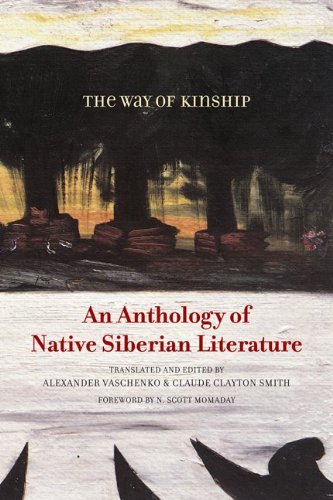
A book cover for The Way of Kinship: An Anthology of Native Siberian Literature (First Peoples: New Directions Indigenous); Literature & Fiction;